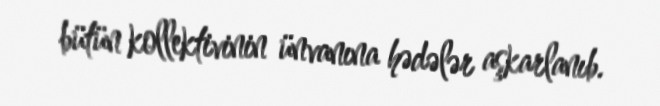
bütün kollektivinin ünvanına hədələr aşkarlanıb.